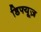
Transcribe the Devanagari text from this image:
डिफ्यूज़